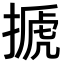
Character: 搋